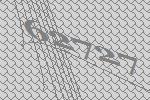
62727